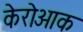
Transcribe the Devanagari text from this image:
केरोआक